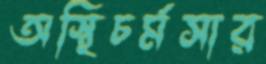
অস্থিচর্মসার